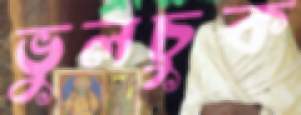
ভুলচুক